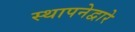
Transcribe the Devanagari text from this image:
स्थापनेद्वारे